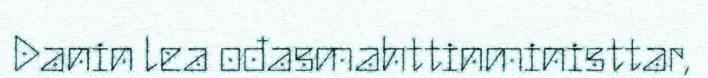
Danin lea ođasmahttinministtar,